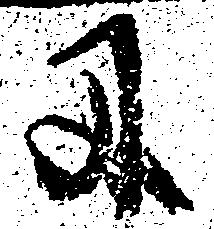
に